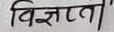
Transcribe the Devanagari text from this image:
विज्ञप्ता